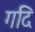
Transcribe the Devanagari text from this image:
गदि